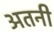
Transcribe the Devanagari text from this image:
अतनी